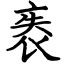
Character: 袠